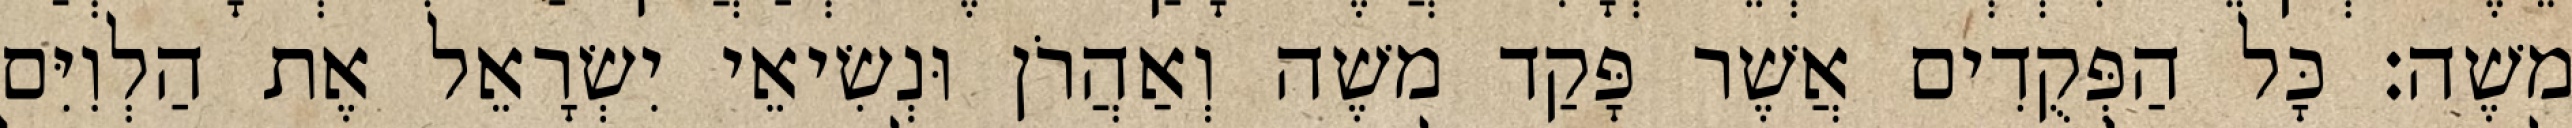
משֶׁה׃ כָּל הַפְּקֻדִים אֲשֶׁר פָּקַד משֶׁה וְאַהֲרֹן וּנְשִׂיאֵי יִשְׂרָאֵל אֶת הַלְוִיִּם